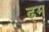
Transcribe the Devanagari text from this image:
ढ्म